Annual administration report of the Civil Veterinary Department of India - 1907-1908
Year: 1907
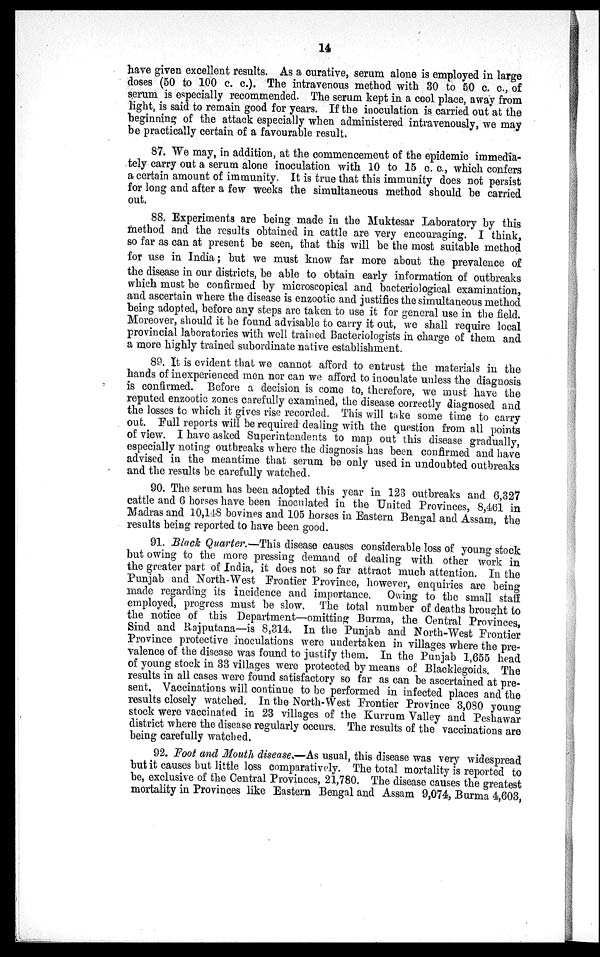
14
have given excellent results. As a curative, serum alone is employed in large
doses (50 to 100 c. c.). The intravenous method with 30 to 50 c. c., of
serum is especially recommended. The serum kept in a cool place, away from
light, is said to remain good for years. If the inoculation is carried out at the
beginning of the attack especially when administered intravenously, we may
be practically certain of a favourable result.
87. We may, in addition, at the commencement of the epidemic immedia-
tely carry out a serum alone inoculation with 10 to 15 c. c., which confers
a certain amount of immunity. It is true that this immunity does not persist
for long and after a few weeks the simultaneous method should be carried
out.
88. Experiments are being made in the Muktesar Laboratory by this
method and the results obtained in cattle are very encouraging. I think,
so far as can at present be seen, that this will be the most suitable method
for use in India; but we must know far more about the prevalence of
the disease in our districts, be able to obtain early information of outbreaks
which must be confirmed by microscopical and bacteriological examination,
and ascertain where the disease is enzootic and justifies the simultaneous method
being adopted, before any steps are taken to use it for general use in the field.
Moreover, should it be found advisable to carry it out, we shall require local
provincial laboratories with well trained Bacteriologists in charge of them and
a more highly trained subordinate native establishment.
89. It is evident that we cannot afford to entrust the materials in the
hands of inexperienced men nor can we afford to inoculate unless the diagnosis
is confirmed. Before a decision is come to, therefore, we must have the
reputed enzootic zones carefully examined, the disease correctly diagnosed and
the losses to which it gives rise recorded. This will take some time to carry
out. Full reports will be required dealing with the question from all points
of view. I have asked Superintendents to map out this disease gradually,
especially noting outbreaks where the diagnosis has been confirmed and have
advised in the meantime that serum be only used in undoubted outbreaks
and the results be carefully watched.
90. The serum has been adopted this year in 123 outbreaks and 6,327
cattle and 6 horses have been inoculated in the United Provinces, 8,461 in
Madras and 10,148 bovines and 105 horses in Eastern Bengal and Assam, the
results being reported to have been good.
91. Black Quarter.—This disease causes considerable loss of young stock
but owing to the more pressing demand of dealing with other work in
the greater part of India, it does not so far attract much attention. In the
Punjab and North-West Frontier Province, however, enquiries are being
made regarding its incidence and importance. Owing to the small staff
employed, progress must be slow. The total number of deaths brought to
the notice of this Department—omitting Burma, the Central Provinces,
Sind and Rajputana—is 8,314. In the Punjab and North-West Frontier
Province protective inoculations were undertaken in villages where the pre-
valence of the disease was found to justify them. In the Punjab 1,655 head
of young stock in 33 villages were protected by means of Blacklegoids. The
results in all cases were found satisfactory so far as can be ascertained at pre-
sent. Vaccinations will continue to be performed in infected places and the
results closely watched. In the North-West Frontier Province 3,080 young
stock were vaccinated in 23 villages of the Kurrum Valley and Peshawar
district where the disease regularly occurs. The results of the vaccinations are
being carefully watched.
92. Foot and Mouth disease.—As usual, this disease was very widespread
but it causes but little loss comparatively. The total mortality is reported to
be, exclusive of the Central Provinces, 21,780. The disease causes the greatest
mortality in Provinces like Eastern Bengal and Assam 9,074, Burma 4,603,